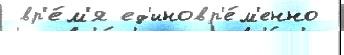
 вр'е́м'я ед'иновр'е́м'енно